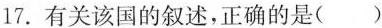
17.有关该国的叙述，正确的是（）